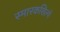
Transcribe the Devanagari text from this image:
स्मारकशिल्पे